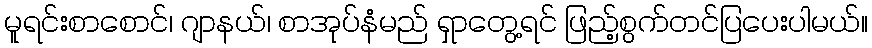
မူရင်းစာစောင်၊ ဂျာနယ်၊ စာအုပ်နံမည် ရှာတွေ့ရင် ဖြည့်စွက်တင်ပြပေးပါမယ်။